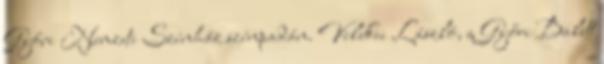
Győri Nemzeti Színház színpadán. Velekei László, a Győri Balett